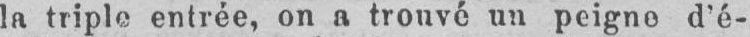
la triple entrée, on a trouvé un peigne dé-